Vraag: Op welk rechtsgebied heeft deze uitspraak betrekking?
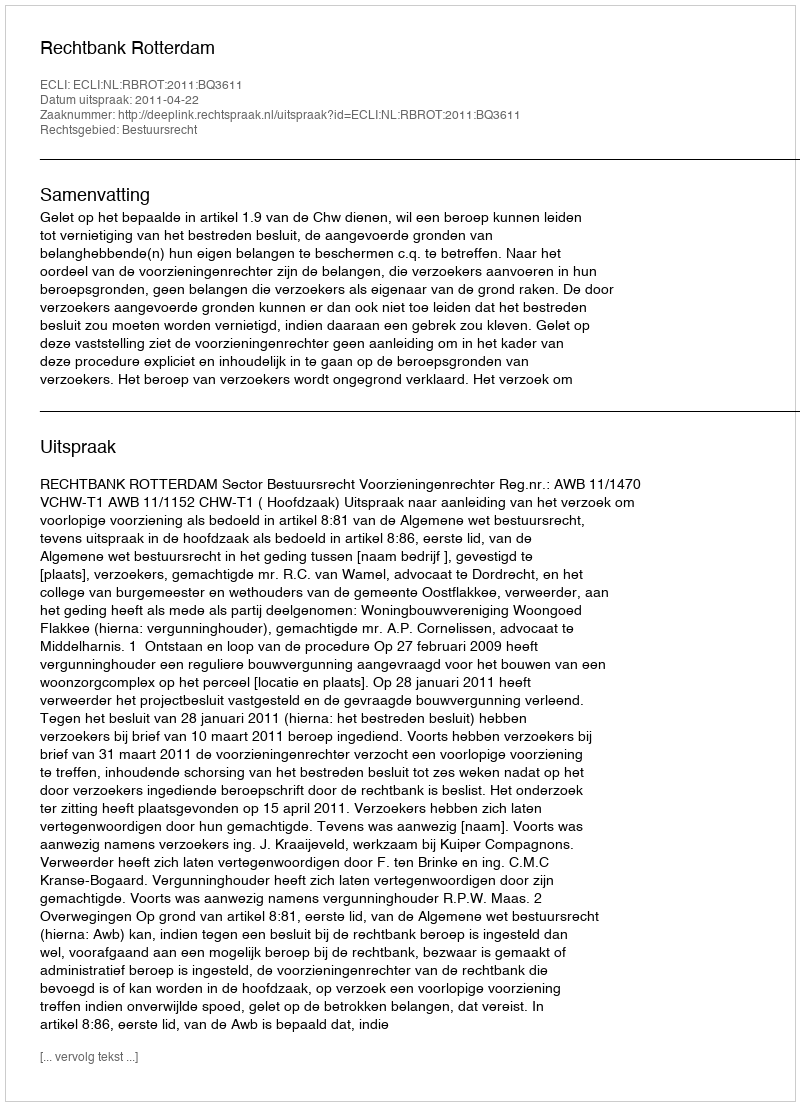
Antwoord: Bestuursrecht